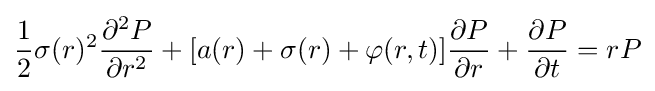
{\frac {1}{2}}\sigma (r)^{2}{\frac {\partial ^{2}P}{\partial r^{2}}}+[a(r)+\sigma (r)+\varphi (r,t)]{\frac {\partial P}{\partial r}}+{\frac {\partial P}{\partial t}}=rP